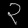
Digit: ၃